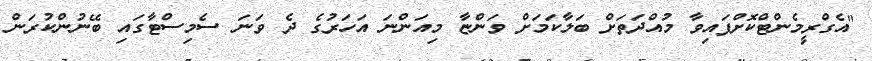
"އެގްރީމެންޓްކޮށްފައިވާ މުއްދަތަށް ބަލާކަމަށް ވަންޏާ މިއަންނަ އަހަރުގެ ދެ ވަނަ ސެމިސްޓާގައި ބޭނުންކުރަން